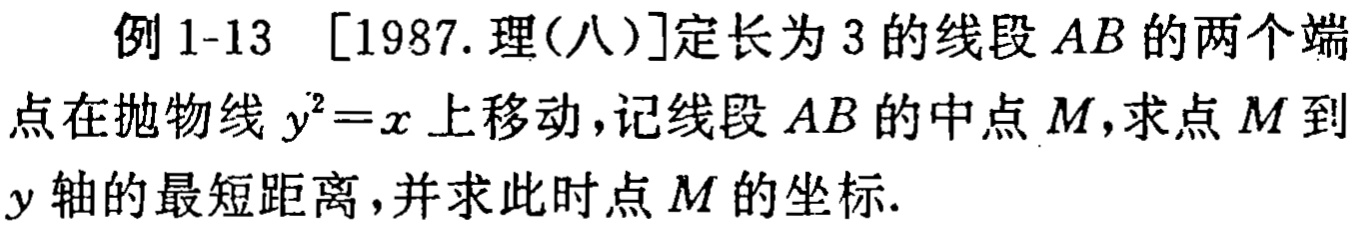
例1-13 [1987.理(八)]定长为3的线段 \(AB\) 的两个端点在抛物线 \(y^{2}=x\) 上移动，记线段 \(AB\) 的中点 \(M\)，求点 \(M\) 到 \(y\) 轴的最短距离，并求此时点 \(M\) 的坐标.